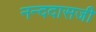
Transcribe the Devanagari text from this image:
नन्ददासजी